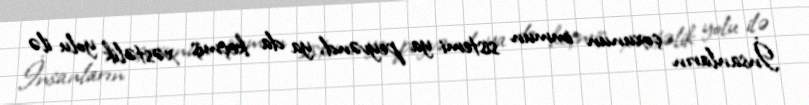
İnsanların çoxunun immun sistemi ya peyvənd, ya da keçmiş xəstəlik yolu ilə